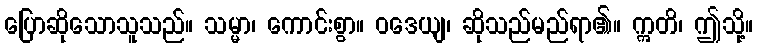
ပြောဆိုသောသူသည်။ သမ္မာ၊ ကောင်းစွာ။ ဝဒေယျ၊ ဆိုသည်မည်ရာ၏။ ဣတိ၊ ဤသို့။